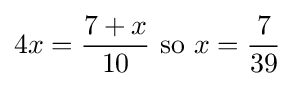
4x={\frac {7+x}{10}}{\mbox{ so }}x={\frac {7}{39}}